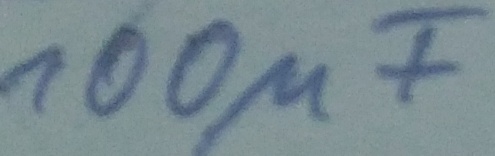
Text: 100µF